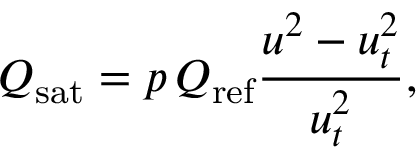
Q _ { \mathrm { s a t } } = p \, Q _ { \mathrm { r e f } } \frac { u ^ { 2 } - u _ { t } ^ { 2 } } { u _ { t } ^ { 2 } } ,